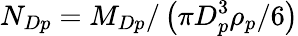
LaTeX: N_{Dp}=M_{Dp}/\left(\pi D_{p}^{3}\rho_{p}/6\right)